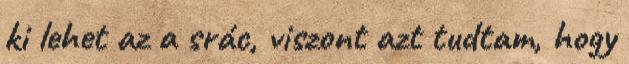
ki lehet az a srác, viszont azt tudtam, hogy